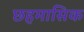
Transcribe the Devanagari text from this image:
छहमासिक